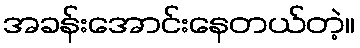
အခန်းအောင်းနေတယ်တဲ့။